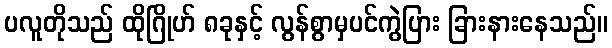
ပလူတိုသည် ထိုဂြိုဟ် ၈ခုနှင့် လွန်စွာမှပင်ကွဲပြား ခြားနားနေသည်။